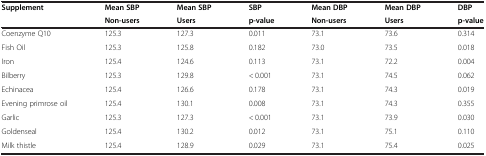
<table><thead><tr><td rowspan="2"><b>Supplement</b></td><td><b>Mean SBP</b></td><td><b>Mean SBP</b></td><td><b>SBP</b></td><td><b>Mean DBP</b></td><td><b>Mean DBP</b></td><td><b>DBP</b></td></tr><tr><td><b>Non-users</b></td><td><b>Users</b></td><td><b>p-value</b></td><td><b>Non-users</b></td><td><b>Users</b></td><td><b>p-value</b></td></tr></thead><tbody><tr><td>Coenzyme Q10</td><td>125.3</td><td>127.3</td><td>0.011</td><td>73.1</td><td>73.6</td><td>0.314</td></tr><tr><td>Fish Oil</td><td>125.3</td><td>125.8</td><td>0.182</td><td>73.0</td><td>73.5</td><td>0.018</td></tr><tr><td>Iron</td><td>125.4</td><td>124.6</td><td>0.113</td><td>73.1</td><td>72.2</td><td>0.004</td></tr><tr><td>Bilberry</td><td>125.3</td><td>129.8</td><td>&lt; 0.001</td><td>73.1</td><td>74.5</td><td>0.062</td></tr><tr><td>Echinacea</td><td>125.4</td><td>126.6</td><td>0.178</td><td>73.1</td><td>74.3</td><td>0.019</td></tr><tr><td>Evening primrose oil</td><td>125.4</td><td>130.1</td><td>0.008</td><td>73.1</td><td>74.3</td><td>0.355</td></tr><tr><td>Garlic</td><td>125.3</td><td>127.3</td><td>&lt; 0.001</td><td>73.1</td><td>73.9</td><td>0.030</td></tr><tr><td>Goldenseal</td><td>125.4</td><td>130.2</td><td>0.012</td><td>73.1</td><td>75.1</td><td>0.110</td></tr><tr><td>Milk thistle</td><td>125.4</td><td>128.9</td><td>0.029</td><td>73.1</td><td>75.4</td><td>0.025</td></tr></tbody></table>